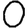
Digit: 0